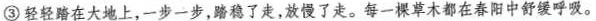
③ 轻轻踏在大地上，一步一步，踏稳了走，放慢了走。每一棵草木都在春阳中舒缓呼吸。